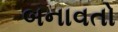
બનાવતો